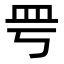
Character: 𥀿